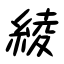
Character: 綾